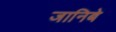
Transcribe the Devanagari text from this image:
जानिबे